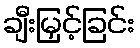
ချီးမြှင့်ခြင်း